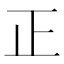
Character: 𣥄